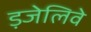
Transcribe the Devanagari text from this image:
ड़जेलिवे